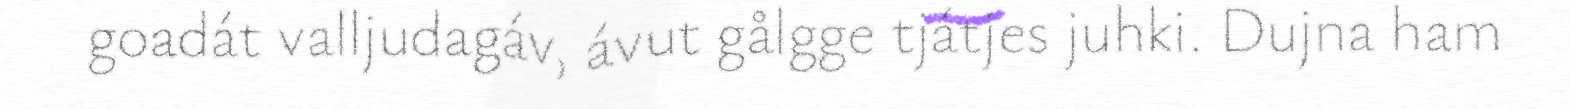
goadát valljudagáv, ávut gålgge tjátjes juhki. Dujna ham